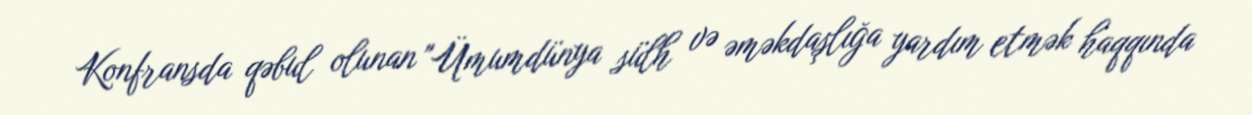
Konfransda qəbul olunan "Ümumdünya sülh və əməkdaşlığa yardım etmək haqqında